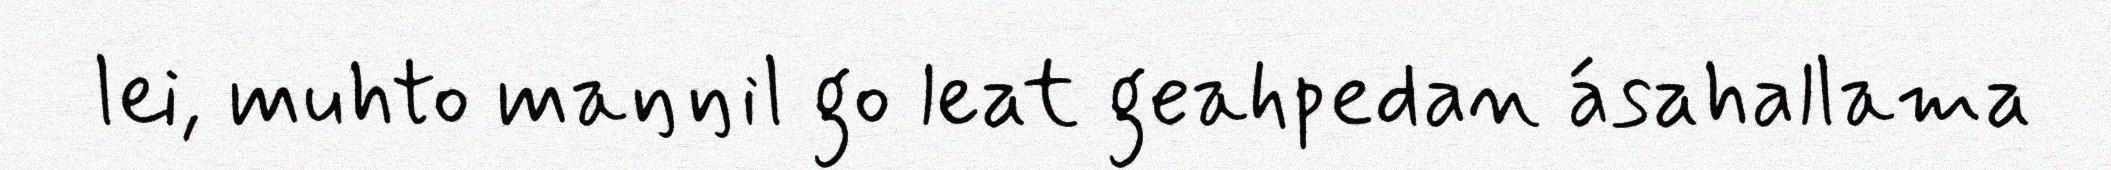
lei, muhto maŋŋil go leat geahpedan ásahallama